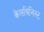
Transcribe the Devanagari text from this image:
केलविनिस्ट